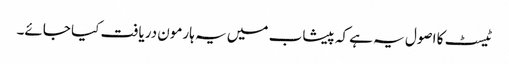
ٹیسٹ کا اصول یہ ہے کہ پیشاب میں یہ ہارمون دریافت کیا جائے۔